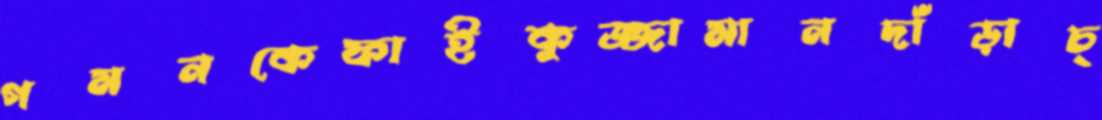
গমনকেফাইকুজ্জামানদাঁড়াচ্